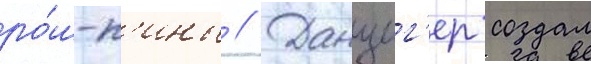
ро́ш-п'ины // Данциг'ер создал